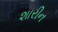
શારીન